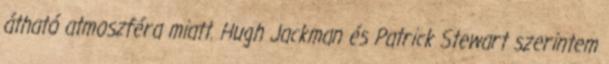
átható atmoszféra miatt. Hugh Jackman és Patrick Stewart szerintem